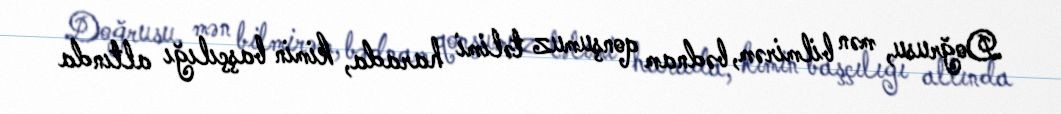
Doğrusu, mən bilmirəm, bədnam qonşumuz təlimi harada, kimin başçılığı altında